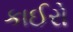
કાઈરો